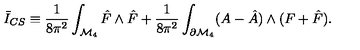
\bar { I } _ { C S } \equiv \frac { 1 } { 8 \pi ^ { 2 } } \int _ { { \cal M } _ { 4 } } \hat { F } \wedge \hat { F } + \frac { 1 } { 8 \pi ^ { 2 } } \int _ { \partial { \cal M } _ { 4 } } ( A - \hat { A } ) \wedge ( F + \hat { F } ) .